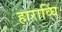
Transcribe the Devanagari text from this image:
हाराव्घि